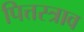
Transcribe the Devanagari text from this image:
पित्तस्त्राव